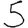
Digit: 5